Statistics compiled by the Government of India from the reports of provincial Civil Veterinary Departments
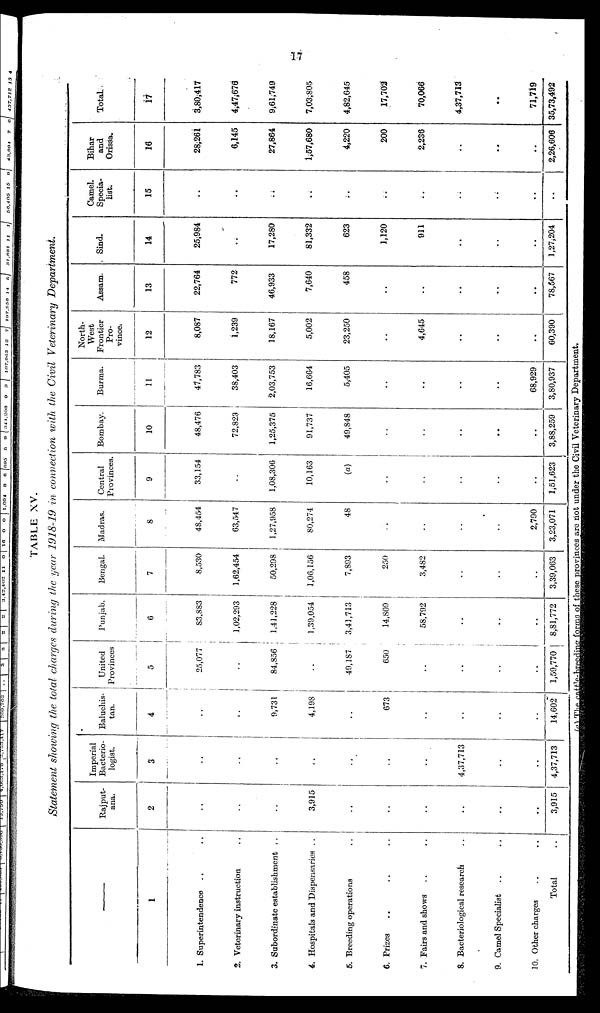
17
TABLE XV.
Statement showing the total charges during the year 1918-19 in connection with the Civil Veterinary
Department.
1
1. Superintendence .. ..
2. Veterinary instruction ..
3. Subordinate establishment ..
4. Hospitals and Dispensaries ..
5. Breeding operations ..
6. Prizes .. .. ..
7. Fairs and shows .. ..
8. Bacteriological research ..
9. Camel Specialist .. ..
10. Other charges
..
..
Total
..
Rajput-
ana.
2
..
..
..
3,915
..
..
..
..
..
..
3,915
Imperial
Bacterio-
logist.
3
..
..
..
..
..
..
..
4,37,713
..
..
4,37,713
Baluchis-
tan.
4
..
..
9,731
4,198
..
673
..
..
..
..
14,602
United
Provinces
5
25,077
..
84,856
..
49,187
650
..
..
..
..
1,59,770
Punjab.
6
83,883
1,02,293
1,41,228
1,39,054
3,41,713
14,809
58,792
..
..
..
8,81,772
Bengal.
7
8,530
1,62,454
50,298
1,06,156
7,893
250
3,482
..
..
..
3,39,063
Madras.
8
48,454
63,547
1,27,958
80,274
48
..
..
..
..
2,790
3,23,071
Central
Provinces.
9
33,154
..
1,08,306
10,163
(a)
..
..
..
..
..
1,51,623
Bombay.
10
48,476
72,823
1,25,375
91,737
49,848
..
..
..
..
..
3,88,259
Burma.
11
47,783
38,403
2,03,753
16,664
5,405
..
..
..
..
68,929
3,80,937
North-
west
Frontier
Pro-
vince.
12
8,087
1,239
18,167
5,002
23,250
..
4,645
..
..
..
60,390
Assam.
13
22,764
772
46,933
7,640
458
..
..
..
..
..
78,567
Sind.
14
25,984
..
17,280
81,332
623
1,120
911
..
..
..
1,27,204
Camel.
Specia-
list.
15
..
..
..
..
..
..
..
..
..
..
..
Bihar
and
Orissa.
16
28;261
6,145
27,864
1,57,680
4,220
200
2,236
..
..
..
2,26,606
Total
17
3,80,417
4,47,676
9,61,749
7,03,805
4,82,645
17,702
70,066
4,37,713
..
71,719
35,73,492
(a) The cattle breeding forms of these provinces are not under the Civil Veterinary Department,